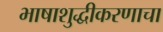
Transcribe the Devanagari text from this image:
भाषाशुद्धीकरणाचा